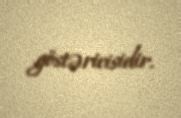
göstəricisidir.